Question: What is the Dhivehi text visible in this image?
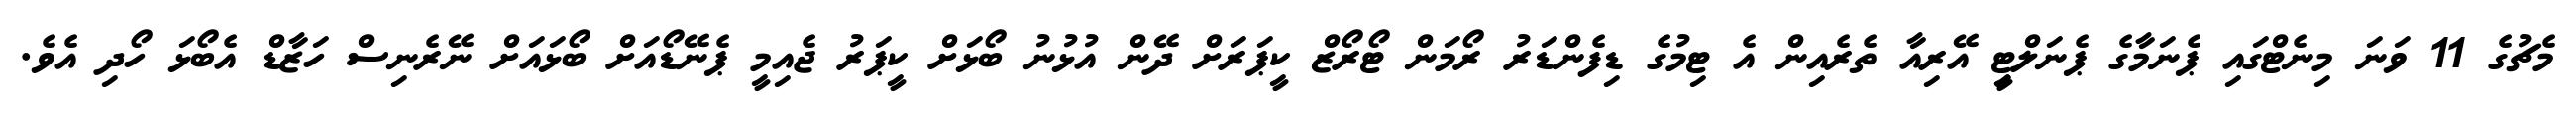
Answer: މެޗުގެ 11 ވަނަ މިނެޓްގައި ޕެނަމާގެ ޕެނަލްޓީި އޭރިއާ ތެރެއިން އެ ޓިމުގެ ޑިފެންޑަރު ރޯމަން ޓޯރޯޒް ކީޕަރަށް ދޭން އުޅުނު ބޯޅަށް ކީޕަރު ޖެއިމީ ޕެނޭޑޯއަށް ބޯޅައަށް ނޭރެނިސް ހަޒާޑް އެބޯޅަ ހޯދި އެވެ.